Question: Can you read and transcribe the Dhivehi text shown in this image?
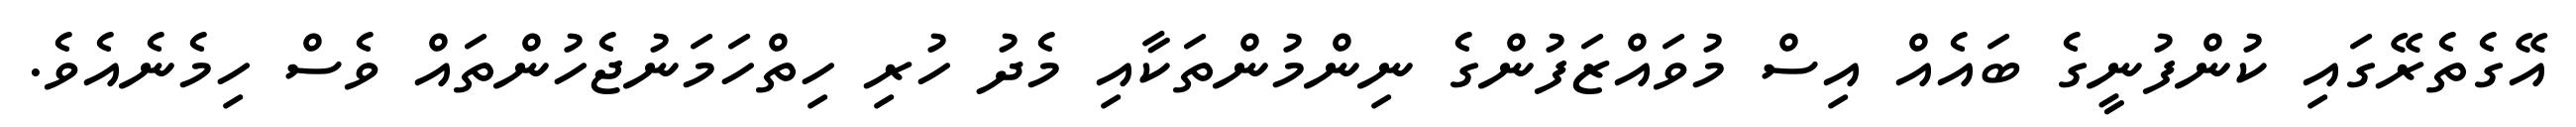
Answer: އޭގެތެރޭގައި ކުންފުނީގެ ބައެއް އިސް މުވައްޒަފުންގެ ނިންމުންތަކާއި މެދު ހުރި ހިތްހަމަނުޖެހުންތައް ވެސް ހިމެނެއެވެ.